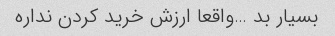
بسیار بد …واقعا ارزش خرید کردن نداره